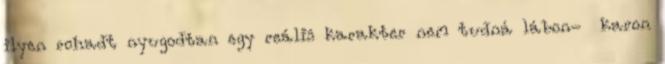
ilyen rohadt nyugodtan egy reális karakter nem tudná lábon- karon